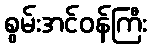
စွမ်းအင်ဝန်ကြီး